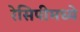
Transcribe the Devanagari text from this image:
रेसिपीमध्ये